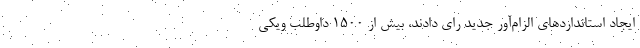
ایجاد استانداردهای الزام‌آور جدید رای دادند، بیش از ۱۵۰۰ داوطلب ویکی